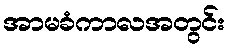
အာမခံကာလအတွင်း